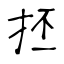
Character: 抷